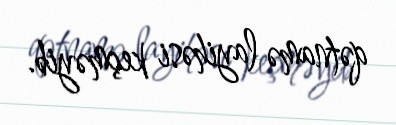
qətnamə layihəsi keçməyib.